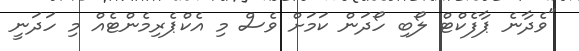
"ވެދާނެ ޕާފެކްޓް ލޯބި ހޯދަން ކަމަށް ވެސް މި އެކްޕެރިމެންޓެއް މި ހަދަނީ